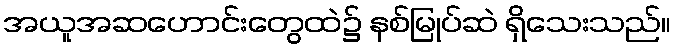
အယူအဆဟောင်းတွေထဲ၌ နစ်မြုပ်ဆဲ ရှိသေးသည်။